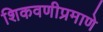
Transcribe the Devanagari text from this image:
शिकवणीप्रमाणे